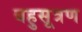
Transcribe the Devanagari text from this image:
बहुसूत्रण